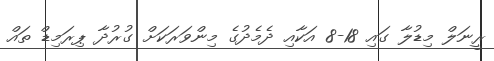
ރީނަލް މިޑުލާ ގައި 18-8 އަކާއި ދެމެދުގެ މިންވަރަކަށް ގުރުދާ ޕިރަމިޑް ތައް